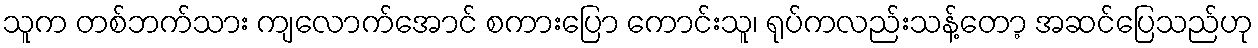
သူက တစ်ဘက်သား ကျလောက်အောင် စကားပြော ကောင်းသူ၊ ရုပ်ကလည်းသန့်တော့ အဆင်ပြေသည်ဟု